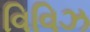
વિવિઝ